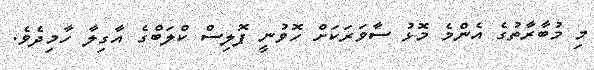
މި މުބާރާތުގެ އެންމެ މޮޅު ސާވަރަކަށް ހޮވުނީ ޕޮލިސް ކްލަބްގެ އާގިލާ ހާމިދެވެ.